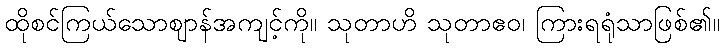
ထိုစင်ကြယ်သောဈာန်အကျင့်ကို။ သုတာဟိ သုတာဧဝ၊ ကြားရရုံသာဖြစ်၏။